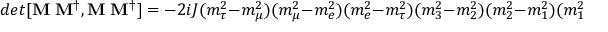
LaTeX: d e t [ { \bf M _ { \ell } M _ { \ell } ^ { \dagger } , M _ { \nu } M _ { \nu } ^ { \dagger } } ] = - 2 i J ( m _ { \tau } ^ { 2 } - m _ { \mu } ^ { 2 } ) ( m _ { \mu } ^ { 2 } - m _ { e } ^ { 2 } ) ( m _ { e } ^ { 2 } - m _ { \tau } ^ { 2 } ) ( m _ { 3 } ^ { 2 } - m _ { 2 } ^ { 2 } ) ( m _ { 2 } ^ { 2 } - m _ { 1 } ^ { 2 } ) ( m _ { 1 } ^ { 2 } - m _ { 3 } ^ { 2 } ) ,